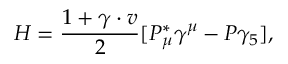
H = \frac { 1 + \gamma \cdot v } { 2 } [ P _ { \mu } ^ { * } \gamma ^ { \mu } - P \gamma _ { 5 } ] ,